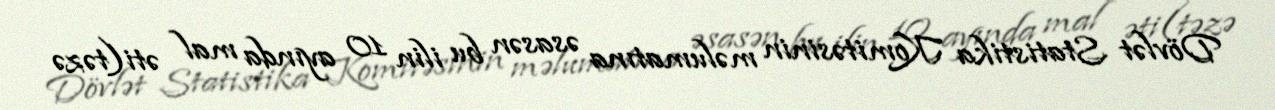
Dövlət Statistika Komitəsinin məlumatına əsasən bu ilin 10 ayında mal əti(təzə